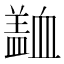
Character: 𧗍